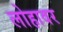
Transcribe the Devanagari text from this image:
लोहावर